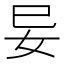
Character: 𭑭